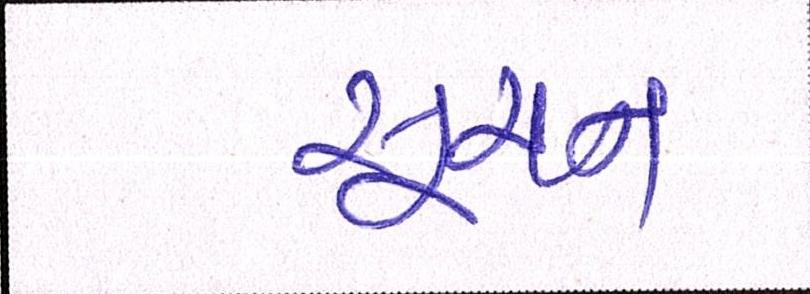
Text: સૂચન